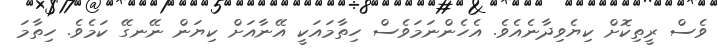
ވެސް ރީތިކޮށް ކިޔެވިދާނެއެވެ. އެހެންނަމަވެސް ހިތާމައަކީ އޭނާއަށް ކިޔަން ނޭނގޭ ކަމެވެ. ހިތާމަ